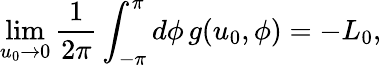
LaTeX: \operatorname*{lim}_{u_{0}\rightarrow 0}\frac{1}{2\pi}\int_{-\pi}^{\pi}d\phi\, g(u_{0},\phi)=-L_{0},